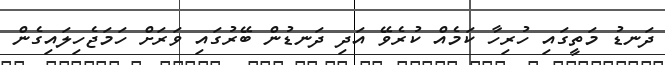
ދަނޑު މަތީގައި ހުރިހާ ކަމެއް ކުރެވޭ އަދި ދަނޑުން ބޭރުގައި ވަރަށް ހަމަޖެހިލައިގެން